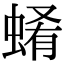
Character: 𧍂